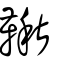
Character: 鞦